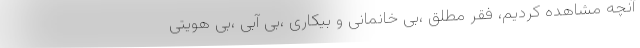
آنچه مشاهده کردیم، فقر مطلق ،بی خانمانی و بیکاری ،بی آبی ،بی هویتی